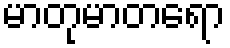
မာတုမာတရော